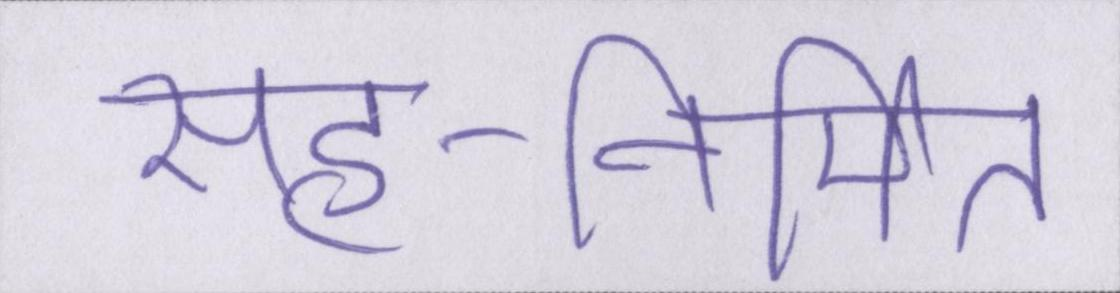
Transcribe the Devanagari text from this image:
सह-निर्मित